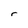
Character: r